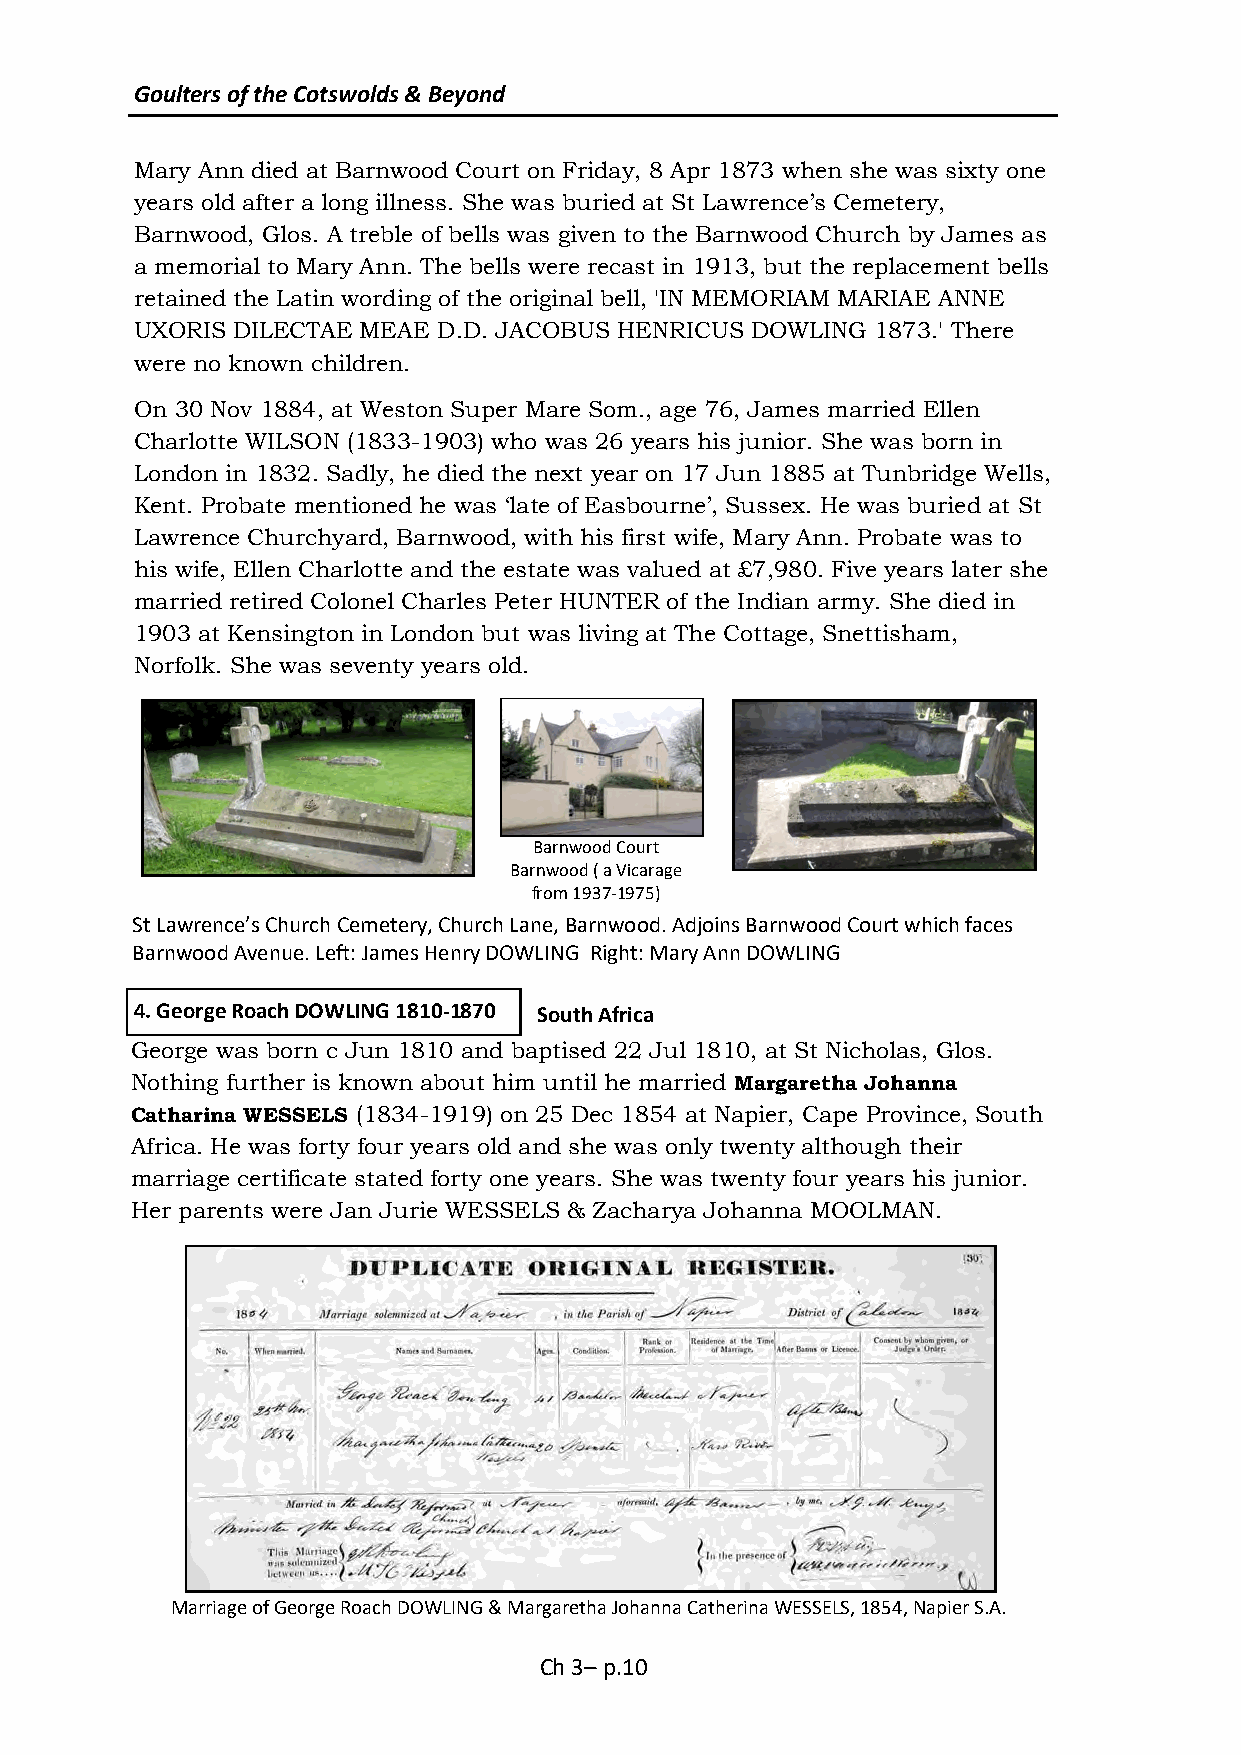
Goulters of the Cotswolds & Beyond
 Mary Ann died at Barnwood Court on Friday, 8 Apr 1873 when she was sixty one
 years old after a long illness. She was buried at St Lawrence’s Cemetery,
 Barnwood, Glos. A treble of bells was given to the Barnwood Church by James as
 a memorial to Mary Ann. The bells were recast in 1913, but the replacement bells
 retained the Latin wording of the original bell, 'IN MEMORIAM MARIAE ANNE
 UXORIS DILECTAE MEAE D.D. JACOBUS HENRICUS DOWLING 1873.' There
 were no known children.
 On 30 Nov 1884, at Weston Super Mare Som., age 76, James married Ellen
 Charlotte WILSON (1833-1903) who was 26 years his junior. She was born in
 London in 1832. Sadly, he died the next year on 17 Jun 1885 at Tunbridge Wells,
 Kent. Probate mentioned he was ‘late of Easbourne’, Sussex. He was buried at St
 Lawrence Churchyard, Barnwood, with his first wife, Mary Ann. Probate was to
 his wife, Ellen Charlotte and the estate was valued at £7,980. Five years later she
 married retired Colonel Charles Peter HUNTER of the Indian army. She died in
 1903 at Kensington in London but was living at The Cottage, Snettisham,
 Norfolk. She was seventy years old.
 Barnwood Court
 Barnwood ( a Vicarage
 from 1937-1975)
 St Lawrence’s Church Cemetery, Church Lane, Barnwood. Adjoins Barnwood Court which faces
 Barnwood Avenue. Left: James Henry DOWLING Right: Mary Ann DOWLING
 4. George Roach DOWLING 1810-1870 South Africa
 George was born c Jun 1810 and baptised 22 Jul 1810, at St Nicholas, Glos.
 Nothing further is known about him until he married Margaretha Johanna
 Catharina WESSELS (1834-1919) on 25 Dec 1854 at Napier, Cape Province, South
 Africa. He was forty four years old and she was only twenty although their
 marriage certificate stated forty one years. She was twenty four years his junior.
 Her parents were Jan Jurie WESSELS & Zacharya Johanna MOOLMAN.
 Marriage of George Roach DOWLING & Margaretha Johanna Catherina WESSELS, 1854, Napier S.A.
 Ch 3– p.10